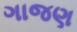
ગાજણ